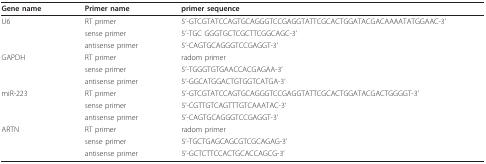
<table><thead><tr><td><b>Gene name</b></td><td><b>Primer name</b></td><td><b>primer sequence</b></td></tr></thead><tbody><tr><td>U6</td><td>RT primer</td><td>5&#x27;-GTCGTATCCAGTGCAGGGTCCGAGGTATTCGCACTGGATACGACAAAATATGGAAC-3&#x27;</td></tr><tr><td></td><td>sense primer</td><td>5&#x27;-TGC GGGTGCTCGCTTCGGCAGC-3&#x27;</td></tr><tr><td></td><td>antisense primer</td><td>5&#x27;-CAGTGCAGGGTCCGAGGT-3&#x27;</td></tr><tr><td>GAPDH</td><td>RT primer</td><td>radom primer</td></tr><tr><td></td><td>sense primer</td><td>5&#x27;-TGGGTGTGAACCACGAGAA-3&#x27;</td></tr><tr><td></td><td>antisense primer</td><td>5&#x27;-GGCATGGACTGTGGTCATGA-3&#x27;</td></tr><tr><td>miR-223</td><td>RT primer</td><td>5&#x27;-GTCGTATCCAGTGCAGGGTCCGAGGTATTCGCACTGGATACGACTGGGGT-3&#x27;</td></tr><tr><td></td><td>sense primer</td><td>5&#x27;-CGTTGTCAGTTTGTCAAATAC-3&#x27;</td></tr><tr><td></td><td>antisense primer</td><td>5&#x27;-CAGTGCAGGGTCCGAGGT-3&#x27;</td></tr><tr><td>ARTN</td><td>RT primer</td><td>radom primer</td></tr><tr><td></td><td>sense primer</td><td>5&#x27;-TGCTGAGCAGCGTCGCAGAG-3&#x27;</td></tr><tr><td></td><td>antisense primer</td><td>5&#x27;-GCTCTTCCACTGCACCAGCG-3&#x27;</td></tr></tbody></table>